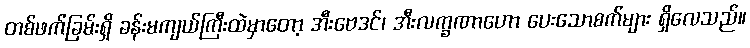
တစ်ဖက်ခြမ်းရှိ ခန်းမကျယ်ကြီးထဲမှာတော့ အီးဗေဒင်၊ အီးလက္ခဏာဟော ပေးသောစက်များ ရှိလေသည်။